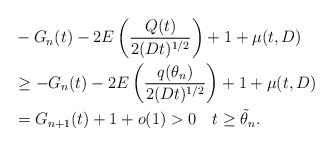
\begin{align*}\begin{aligned}& -G_n(t)- 2E\left(\dfrac{Q(t)}{2(Dt)^{1/2}}\right)+1+\mu(t,D)\\&\ge -G_n(t)- 2E\left(\dfrac{q(\theta_n)}{2(Dt)^{1/2}}\right)+1+\mu(t,D)\\&=G_{n+1}(t)+1+o(1)>0\quad t\ge \tilde\theta_n.\end{aligned}\end{align*}